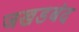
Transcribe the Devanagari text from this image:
जखडबंद